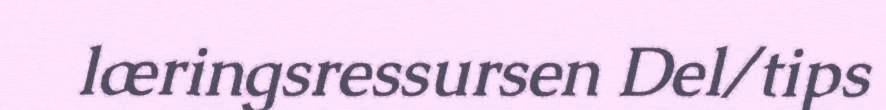
læringsressursen Del/tips